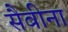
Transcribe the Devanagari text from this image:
सैबीना